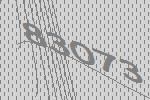
83073